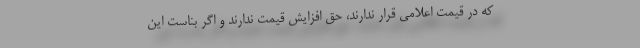
که در قیمت اعلامی قرار ندارند، حق افزایش قیمت ندارند و اگر بناست این